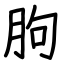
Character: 朐